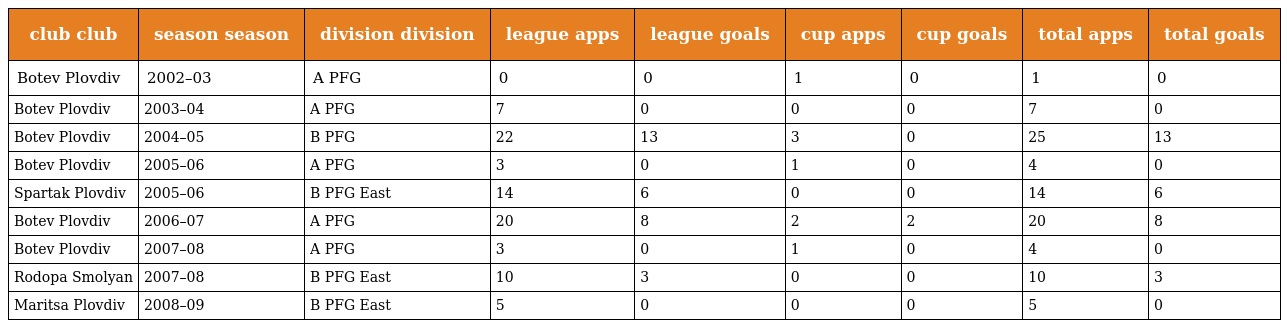
| club club | season season | division division | league apps | league goals | cup apps | cup goals | total apps | total goals |
 | --- | --- | --- | --- | --- | --- | --- | --- | --- |
 | Botev Plovdiv | 2002–03 | A PFG | 0 | 0 | 1 | 0 | 1 | 0 |
 | Botev Plovdiv | 2003–04 | A PFG | 7 | 0 | 0 | 0 | 7 | 0 |
 | Botev Plovdiv | 2004–05 | B PFG | 22 | 13 | 3 | 0 | 25 | 13 |
 | Botev Plovdiv | 2005–06 | A PFG | 3 | 0 | 1 | 0 | 4 | 0 |
 | Spartak Plovdiv | 2005–06 | B PFG East | 14 | 6 | 0 | 0 | 14 | 6 |
 | Botev Plovdiv | 2006–07 | A PFG | 20 | 8 | 2 | 2 | 20 | 8 |
 | Botev Plovdiv | 2007–08 | A PFG | 3 | 0 | 1 | 0 | 4 | 0 |
 | Rodopa Smolyan | 2007–08 | B PFG East | 10 | 3 | 0 | 0 | 10 | 3 |
 | Maritsa Plovdiv | 2008–09 | B PFG East | 5 | 0 | 0 | 0 | 5 | 0 |